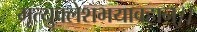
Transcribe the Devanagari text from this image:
मृत्युक्लेशभयावहान्।।